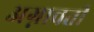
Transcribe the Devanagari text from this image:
अग्नावती